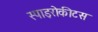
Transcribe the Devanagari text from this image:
स्पाइरोकीटस